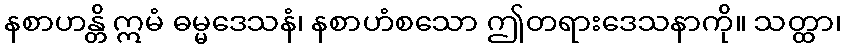
နစာဟန္တိ ဣမံ ဓမ္မဒေသနံ၊ နစာဟံစသော ဤတရားဒေသနာကို။ သတ္ထာ၊